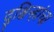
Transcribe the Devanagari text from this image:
दुश्चिन्हांचा